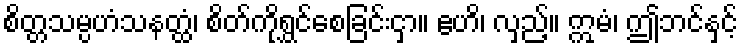
စိတ္တသမ္ပဟံသနတ္ထံ၊ စိတ်ကိုရွှင်စေခြင်းငှာ။ ဧဟိ၊ လှည့်။ ဣမံ၊ ဤဘင်နှင့်